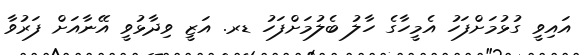
އައިވީ ގުޅުމަށްފަހު އެމީހާގެ ހާލު ބެލުމަށްފަހު ޑރ. އަޒީ ވިދާޅުވީ އޭނާއަށް ފަރުވާ